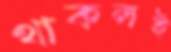
থাকলই